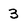
Character: 3